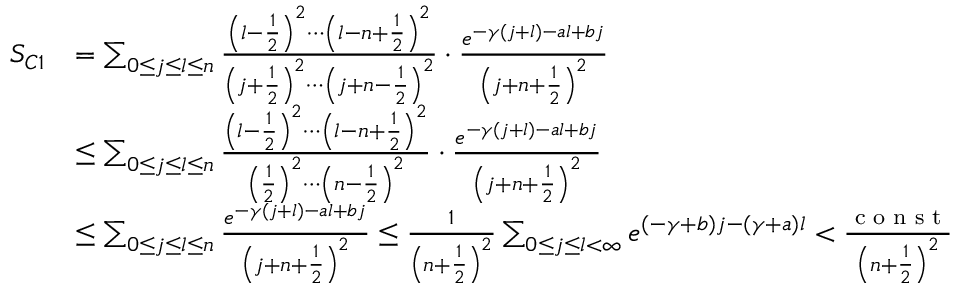
\begin{array} { r l } { S _ { C 1 } } & { = \sum _ { 0 \le j \le l \le n } \frac { \left( l - \frac { 1 } { 2 } \right) ^ { 2 } \cdots \left( l - n + \frac { 1 } { 2 } \right) ^ { 2 } } { \left( j + \frac { 1 } { 2 } \right) ^ { 2 } \cdots \left( j + n - \frac { 1 } { 2 } \right) ^ { 2 } } \cdot \frac { e ^ { - \gamma ( j + l ) - a l + b j } } { \left( j + n + \frac { 1 } { 2 } \right) ^ { 2 } } } \\ & { \le \sum _ { 0 \le j \le l \le n } \frac { \left( l - \frac { 1 } { 2 } \right) ^ { 2 } \cdots \left( l - n + \frac { 1 } { 2 } \right) ^ { 2 } } { \left( \frac { 1 } { 2 } \right) ^ { 2 } \cdots \left( n - \frac { 1 } { 2 } \right) ^ { 2 } } \cdot \frac { e ^ { - \gamma ( j + l ) - a l + b j } } { \left( j + n + \frac { 1 } { 2 } \right) ^ { 2 } } } \\ & { \le \sum _ { 0 \le j \le l \le n } \frac { e ^ { - \gamma ( j + l ) - a l + b j } } { \left( j + n + \frac { 1 } { 2 } \right) ^ { 2 } } \le \frac { 1 } { \left( n + \frac { 1 } { 2 } \right) ^ { 2 } } \sum _ { 0 \le j \le l < \infty } e ^ { ( - \gamma + b ) j - ( \gamma + a ) l } < \frac { \textrm { c o n s t } } { \left( n + \frac { 1 } { 2 } \right) ^ { 2 } } } \end{array}